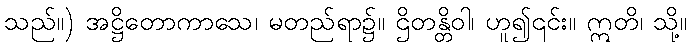
သည်။) အဋ္ဌိတောကာသေ၊ မတည်ရာ၌။ ဌိတန္တိဝါ၊ ဟူ၍၎င်း။ ဣတိ၊ သို့။